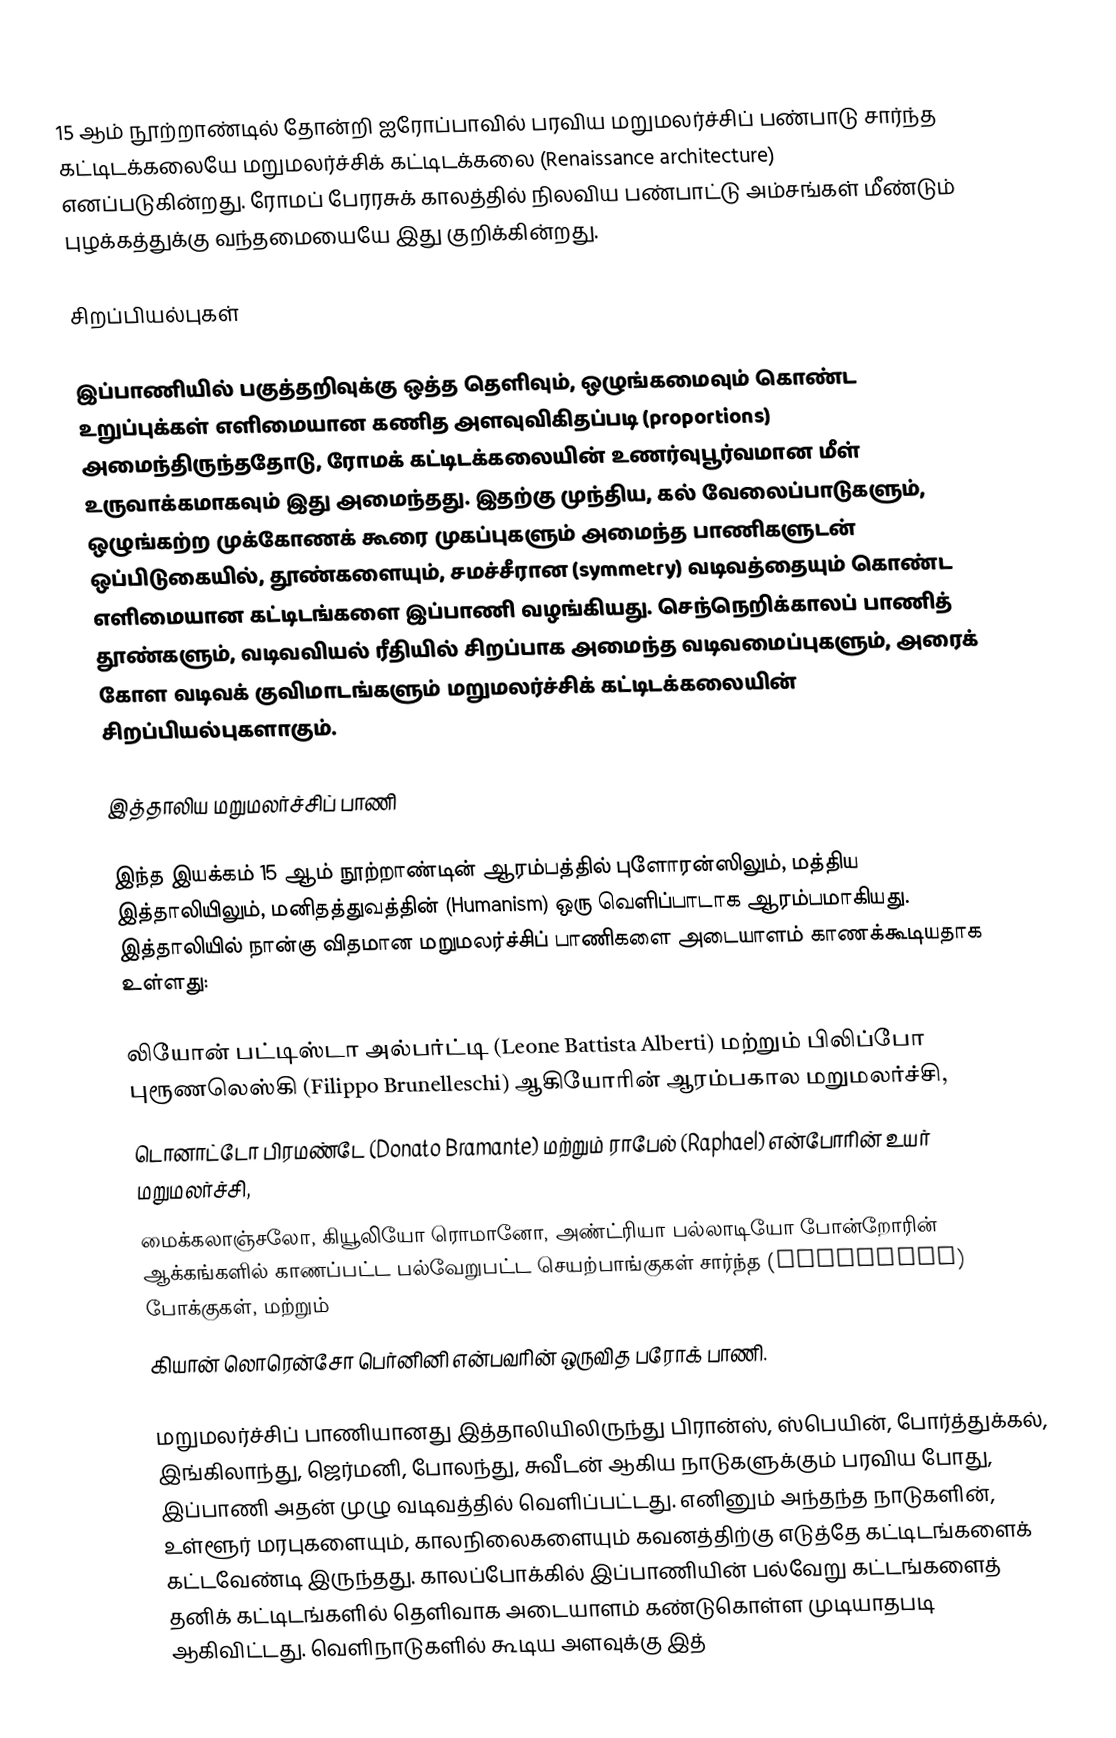
15 ஆம் நூற்றாண்டில் தோன்றி ஐரோப்பாவில் பரவிய மறுமலர்ச்சிப் பண்பாடு சார்ந்த கட்டிடக்கலையே மறுமலர்ச்சிக் கட்டிடக்கலை (Renaissance architecture) எனப்படுகின்றது. ரோமப் பேரரசுக் காலத்தில் நிலவிய பண்பாட்டு அம்சங்கள் மீண்டும் புழக்கத்துக்கு வந்தமையையே இது குறிக்கின்றது.

சிறப்பியல்புகள்

இப்பாணியில் பகுத்தறிவுக்கு ஒத்த தெளிவும், ஒழுங்கமைவும் கொண்ட உறுப்புக்கள் எளிமையான கணித அளவுவிகிதப்படி (proportions) அமைந்திருந்ததோடு, ரோமக் கட்டிடக்கலையின் உணர்வுபூர்வமான மீள் உருவாக்கமாகவும் இது அமைந்தது. இதற்கு முந்திய, கல் வேலைப்பாடுகளும், ஒழுங்கற்ற முக்கோணக் கூரை முகப்புகளும் அமைந்த பாணிகளுடன் ஒப்பிடுகையில், தூண்களையும், சமச்சீரான (symmetry) வடிவத்தையும் கொண்ட எளிமையான கட்டிடங்களை இப்பாணி வழங்கியது. செந்நெறிக்காலப் பாணித் தூண்களும், வடிவவியல் ரீதியில் சிறப்பாக அமைந்த வடிவமைப்புகளும், அரைக் கோள வடிவக் குவிமாடங்களும் மறுமலர்ச்சிக் கட்டிடக்கலையின் சிறப்பியல்புகளாகும்.

இத்தாலிய மறுமலர்ச்சிப் பாணி

இந்த இயக்கம் 15 ஆம் நூற்றாண்டின் ஆரம்பத்தில் புளோரன்ஸிலும், மத்திய இத்தாலியிலும், மனிதத்துவத்தின் (Humanism) ஒரு வெளிப்பாடாக ஆரம்பமாகியது. இத்தாலியில் நான்கு விதமான மறுமலர்ச்சிப் பாணிகளை அடையாளம் காணக்கூடியதாக உள்ளது:

 லியோன் பட்டிஸ்டா அல்பர்ட்டி (Leone Battista Alberti) மற்றும் பிலிப்போ புரூணலெஸ்கி (Filippo Brunelleschi) ஆகியோரின் ஆரம்பகால மறுமலர்ச்சி,
 டொனாட்டோ பிரமண்டே (Donato Bramante) மற்றும் ராபேல் (Raphael) என்போரின் உயர் மறுமலர்ச்சி,
 மைக்கலாஞ்சலோ, கியூலியோ ரொமானோ, அண்ட்ரியா பல்லாடியோ போன்றோரின் ஆக்கங்களில் காணப்பட்ட பல்வேறுபட்ட செயற்பாங்குகள் சார்ந்த (Mannerist) போக்குகள், மற்றும்
 கியான் லொரென்சோ பெர்னினி என்பவரின் ஒருவித பரோக் பாணி.

மறுமலர்ச்சிப் பாணியானது இத்தாலியிலிருந்து பிரான்ஸ், ஸ்பெயின், போர்த்துக்கல், இங்கிலாந்து, ஜெர்மனி, போலந்து, சுவீடன் ஆகிய நாடுகளுக்கும் பரவிய போது, இப்பாணி அதன் முழு வடிவத்தில் வெளிப்பட்டது. எனினும் அந்தந்த நாடுகளின், உள்ளூர் மரபுகளையும், காலநிலைகளையும் கவனத்திற்கு எடுத்தே கட்டிடங்களைக் கட்டவேண்டி இருந்தது. காலப்போக்கில் இப்பாணியின் பல்வேறு கட்டங்களைத் தனிக் கட்டிடங்களில் தெளிவாக அடையாளம் கண்டுகொள்ள முடியாதபடி ஆகிவிட்டது. வெளிநாடுகளில் கூடிய அளவுக்கு இத்